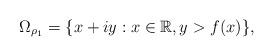
LaTeX: \begin{align*}\Omega_{\rho_{1}}=\{x+iy:x\in\mathbb{R},y>f(x)\},\end{align*}